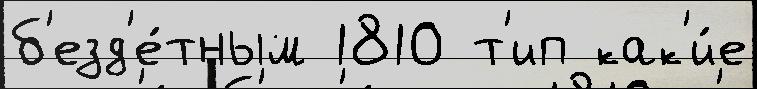
б'езд'е́тным 1810 т'ип как'и́е